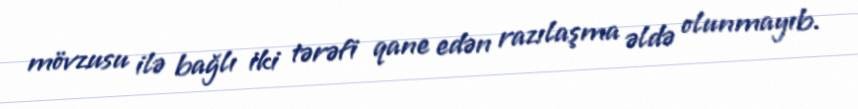
mövzusu ilə bağlı iki tərəfi qane edən razılaşma əldə olunmayıb.